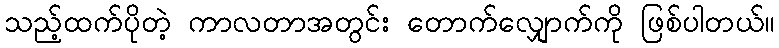
သည့်ထက်ပိုတဲ့ ကာလတာအတွင်း တောက်လျှောက်ကို ဖြစ်ပါတယ်။